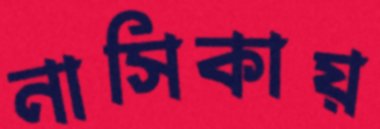
নাসিকায়